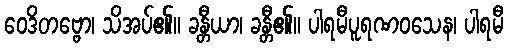
ဝေဒိတဗ္ဗော၊ သိအပ်၏။ ခန္တီယာ၊ ခန္တီ၏။ ပါရမီပူရဏဝသေန၊ ပါရမီ